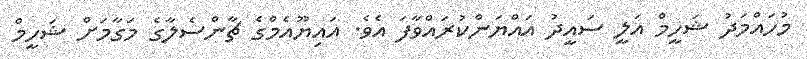
މުހައްމަދު ޝަހީމް އަލީ ސައީދު އައްޔަންކުރައްވާފަ އެވެ. އައިޔޫއެމްގެ ޗާންސެލާގެ މަގާމަށް ޝަހީމް